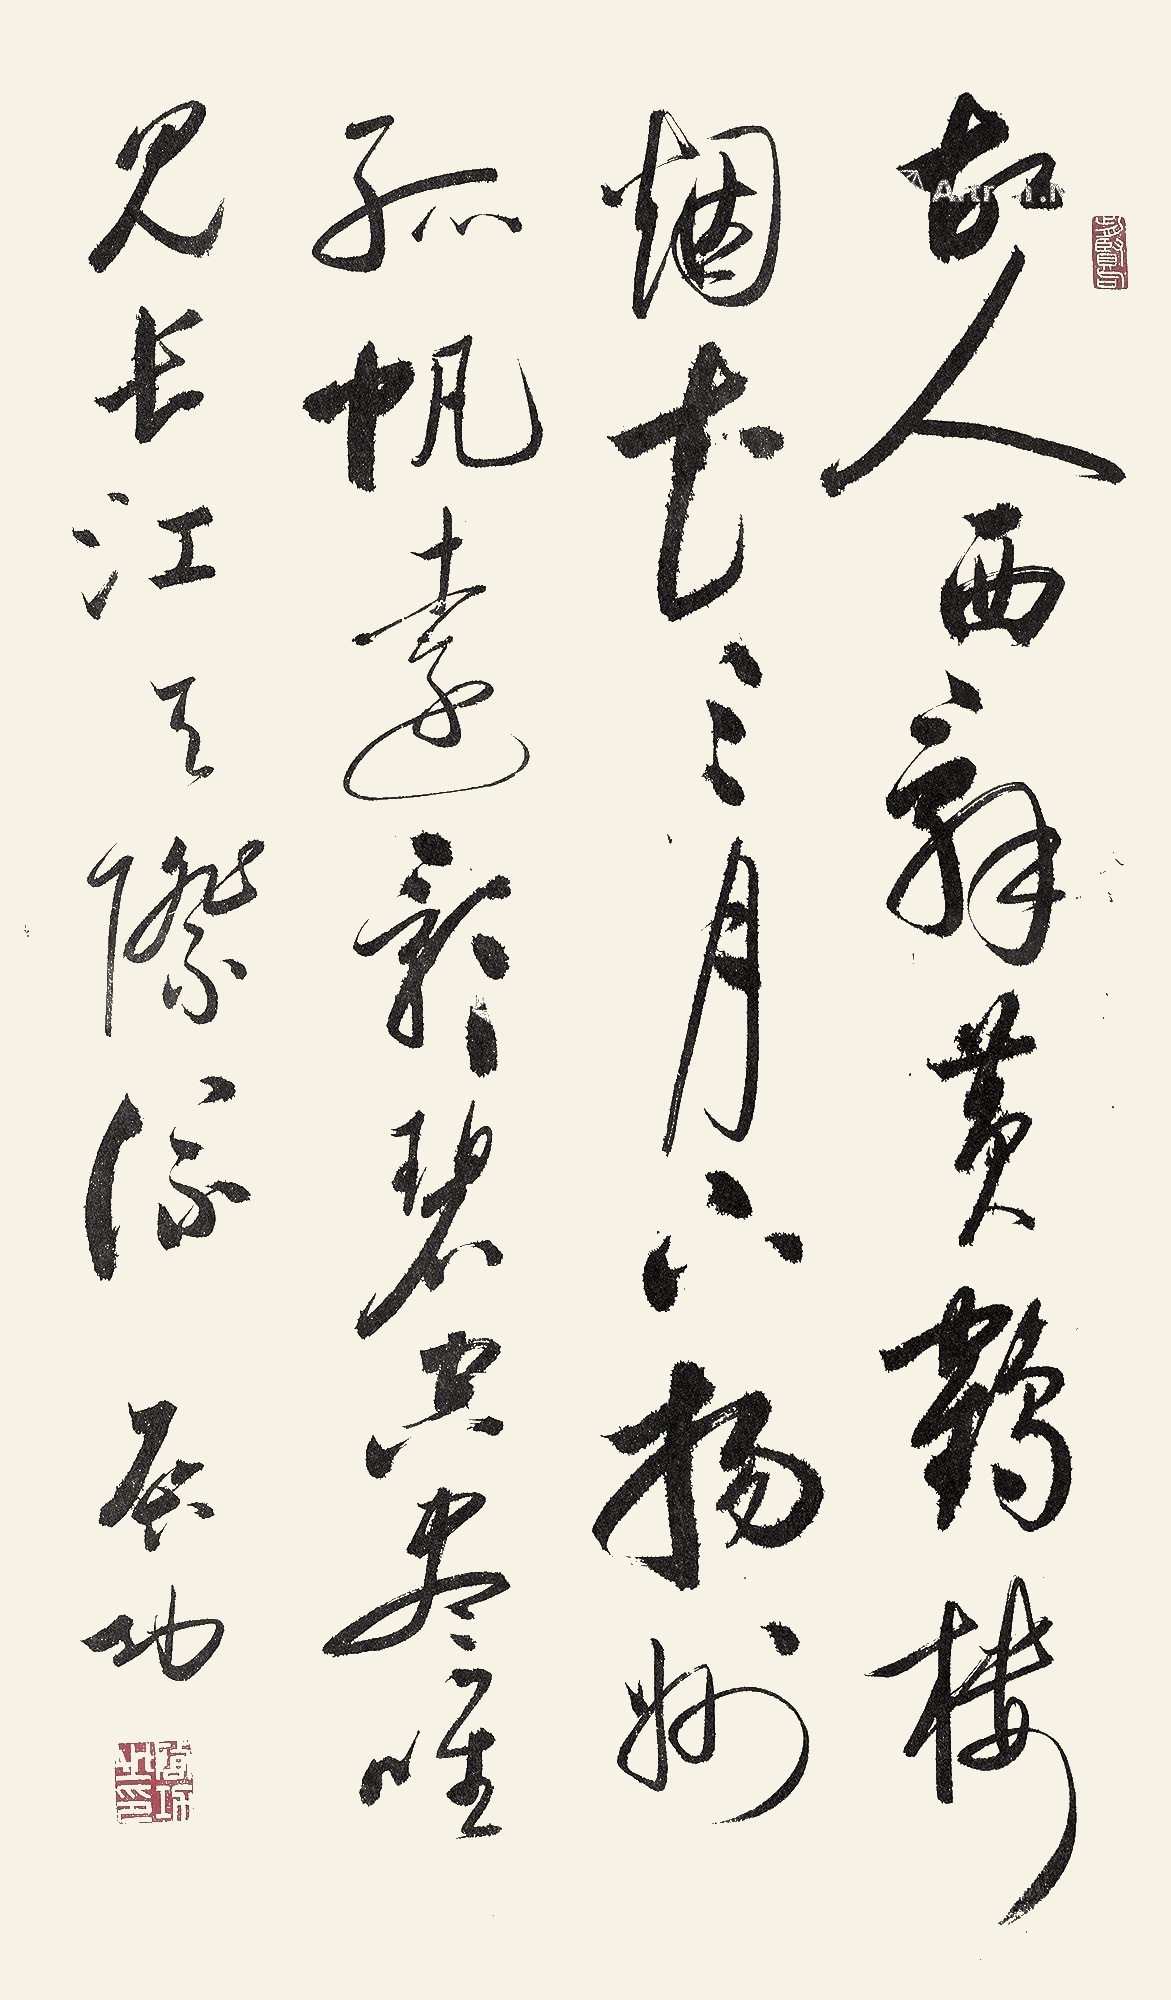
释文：故人西辞黄鹤楼，烟花三月下扬州。孤帆远影碧空尽，唯见长江天际流。启功。